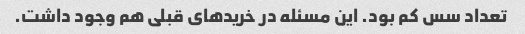
تعداد سس کم بود. این مسئله در خریدهای قبلی هم وجود داشت.